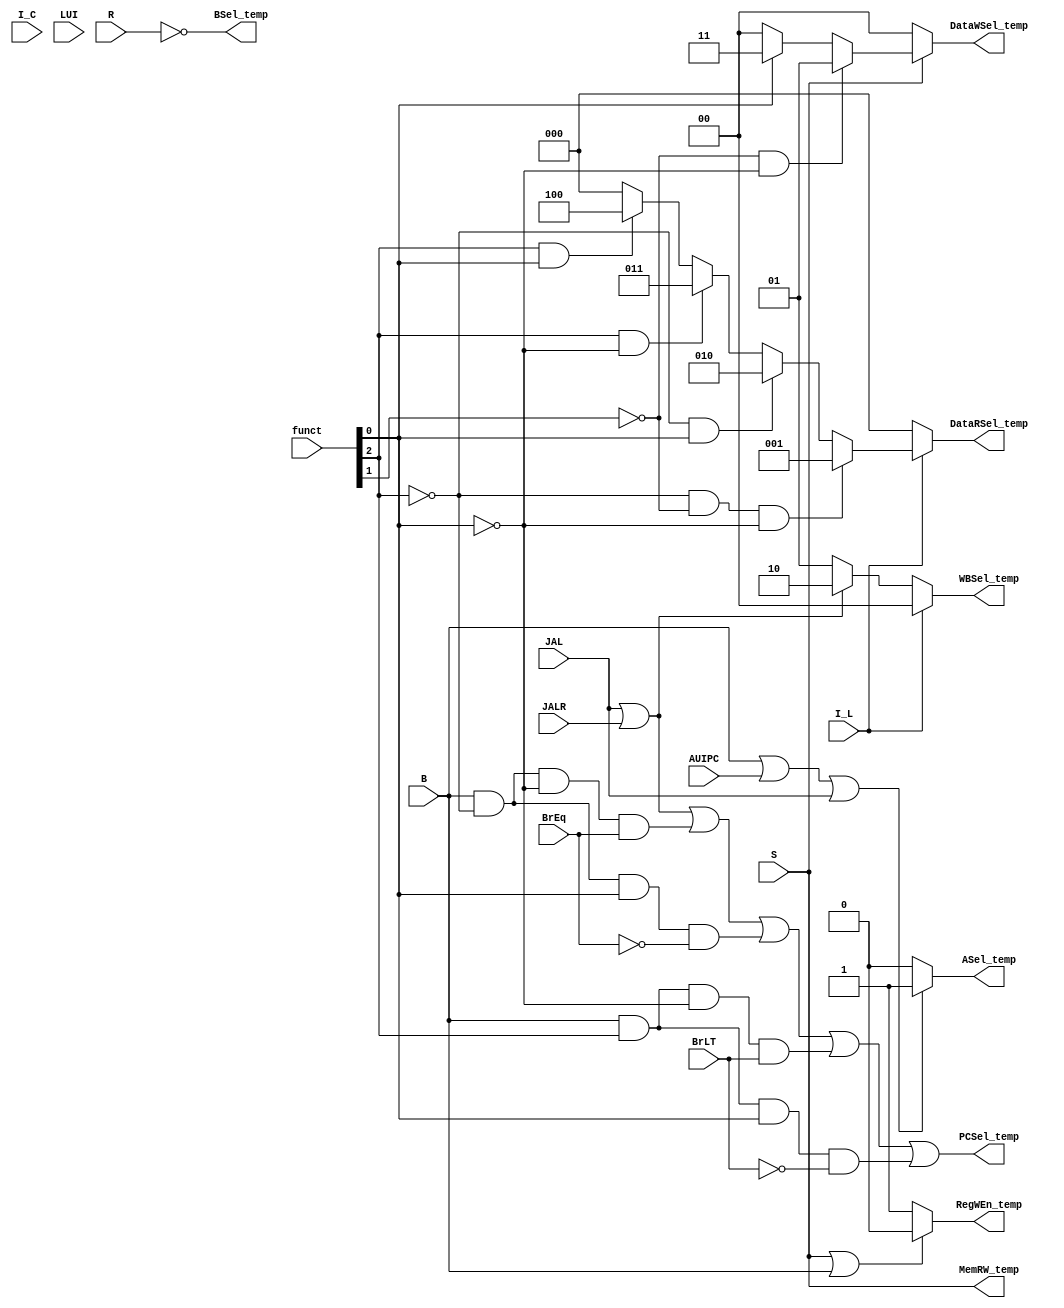
module sub_decoder (
      input [2:0] funct,
      input R, //R
      input I_L, //I
      input I_C, //I
      input JALR, //JALR
      input S, //S
      input B, //B
      input LUI, //LUI
      input AUIPC, //AUIPC
      input JAL, //JAL
      input BrEq, //BrEqBrLT1
      input BrLT, //BrEq&BrLT0PCSel_temp
      output PCSel_temp, //PC1ALU0PC+4
      output reg RegWEn_temp, //32
      output reg ASel_temp, //ALUA1PC0dataA
      output reg BSel_temp, //ALUB1Imm0dataB
      output reg [1:0] DataWSel_temp, //3
      output reg MemRW_temp, //01
      output reg [2:0] DataRSel_temp, //5
      output reg [1:0] WBSel_temp //0001ALU02PC+4
); 
  wire J, Eq, Un_Eq, LT, Un_LT;
  assign J=JAL|JALR;
  assign Eq=B&~funct[2]&~funct[0]&BrEq,
         Un_Eq=B&~funct[2]&funct[0]&~BrEq,
         LT=B&funct[2]&~funct[0]&BrLT,
         Un_LT=B&funct[2]&funct[0]&~BrLT;
  assign PCSel_temp=J|Eq|Un_Eq|LT|Un_LT;
  /*
  assign RegWEn_temp=~(S|B);
  assign ASel_temp=B|AUIPC|JAL;
  assign BSel_temp=~R;
  assign DataWSel_temp[1]=S&funct[0],
         DataWSel_temp[0]=S&(~funct[1]&~funct[0]|funct[0]);
  assign MemRW_temp=S;
  assign DataRSel_temp[2]=I_L&funct[2]&funct[0],
         DataRSel_temp[1]=I_L&(~funct[2]&~funct[1]&~funct[0]|funct[2]&~funct[0]),
         DataRSel_temp[0]=I_L&(~funct[2]&funct[0]|funct[2]&~funct[0]);
  assign WBSel_temp[1]=J,
         WBSel_temp[0]=~I_L;
  */
  always @(*) begin
    /*
    if(JALR|JAL) PCSel_temp=1;
      else if(B) begin
        if(~funct[2]&~funct[0]) PCSel_temp=BrEq;
        else if(~funct[2]&funct[0]) PCSel_temp=~BrEq;
        else if(funct[2]&~funct[0]) PCSel_temp=BrLT;
        else if(funct[2]&funct[0]) PCSel_temp=~BrLT;
        else PCSel_temp=0;
      end else PCSel_temp=0;
    */
    RegWEn_temp=(S|B==1) ? 1'b0 : 1'b1;
    ASel_temp=(B|AUIPC|JAL==1) ? 1'b1 : 1'b0;
    BSel_temp=~R;
    if(S) begin
      if(~funct[1]&~funct[0]) DataWSel_temp=2'b01; //
        else if(funct[0]) DataWSel_temp=2'b11; //
        else DataWSel_temp=2'b00; //
    end else DataWSel_temp=2'b00; //
    MemRW_temp=S;
    if(I_L) begin
      if(~funct[2]&~funct[1]&~funct[0]) DataRSel_temp=3'b001; //
        else if(~funct[2]&funct[0]) DataRSel_temp=3'b010; //
        else if(funct[2]&~funct[0]) DataRSel_temp=3'b011; //
        else if(funct[2]&funct[0]) DataRSel_temp=3'b100; //
        else DataRSel_temp=3'b000; //
    end else DataRSel_temp=3'b000; //
    if(I_L) WBSel_temp=2'b00;
      else if(JALR|JAL) WBSel_temp=2'b10;
      else WBSel_temp=2'b01;
  end
endmodule